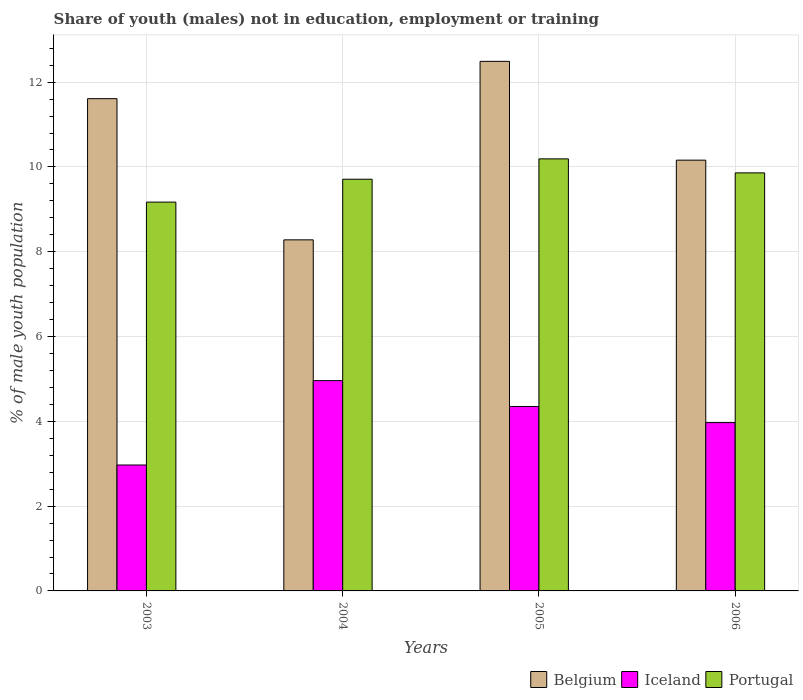
| Years | Belgium | Iceland | Portugal |
 | --- | --- | --- | --- |
 | 2003 | 11.6 | 2.97 | 9.17 |
 | 2004 | 8.28 | 4.96 | 9.71 |
 | 2005 | 12.5 | 4.35 | 10.2 |
 | 2006 | 10.2 | 3.97 | 9.86 |